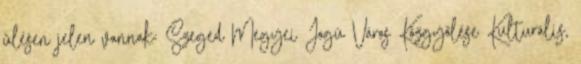
ülésen jelen vannak: Szeged Megyei Jogú Város Közgyőlése Kulturális,